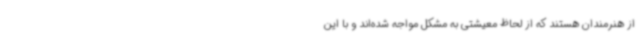
از هنرمندان هستند که از لحاظ معیشتی به مشکل مواجه شده‌اند و با این